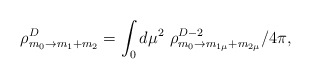
\begin{align*}\rho^D_{m_0\rightarrow m_1+m_2}=\int_0 d\mu^2\,\, \rho^{D-2}_{m_0\rightarrow m_{1\mu}+m_{2\mu}}/4\pi,\end{align*}